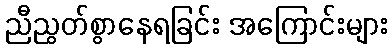
ညီညွတ်စွာနေရခြင်း အကြောင်းများ